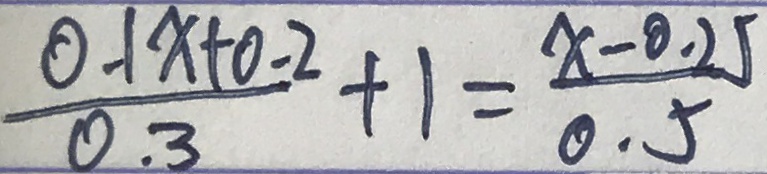
\frac { 0 . 1 x + 0 . 2 } { 0 . 3 } + 1 = \frac { x - 0 . 2 5 } { 0 . 5 }